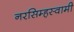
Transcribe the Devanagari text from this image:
नरसिम्हस्वामी